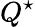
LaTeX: Q^{\star}